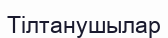
Тілтанушылар